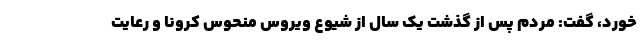
خورد، گفت: مردم پس از گذشت یک سال از شیوع ویروس منحوس کرونا و رعایت